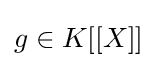
g\in K[[X]]